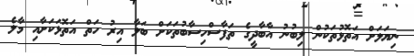
ނިޔަލަށް އަތޮޅުތަކުން ލިބުނު އާބާދީގެ ތަފާސްހިސާބުތަކަށް ބަލާ އިރު ހަތް އަތޮޅަކަށާއި މާލެ